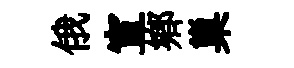
俄宣鄉巢